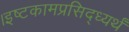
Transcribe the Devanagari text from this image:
।इष्टकामप्रसिद्ध्यर्थं